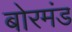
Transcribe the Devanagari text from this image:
बोरमंड